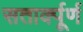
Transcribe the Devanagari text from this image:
सतार्क्पूर्ण